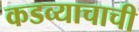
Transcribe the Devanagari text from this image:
कडव्याचाची